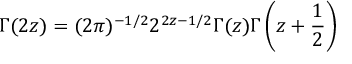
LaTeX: \Gamma ( 2 z ) = ( 2 \pi ) ^ { - 1 / 2 } 2 ^ { 2 z - 1 / 2 } \Gamma ( z ) \Gamma \left( z + \frac { 1 } { 2 } \right)